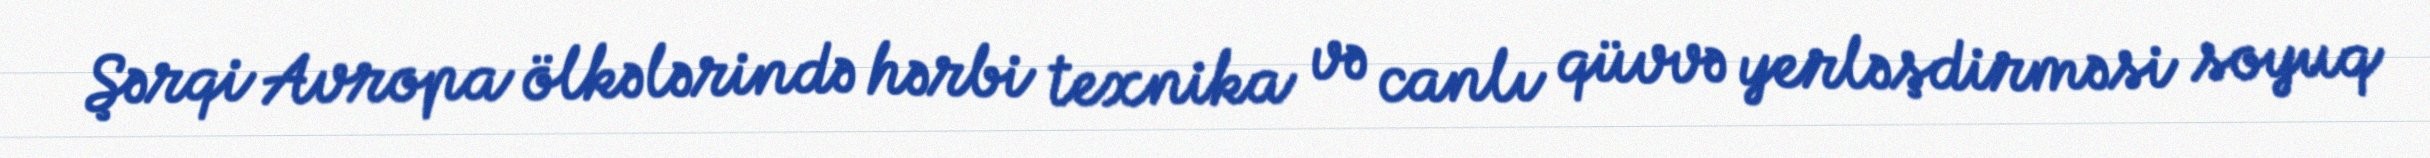
Şərqi Avropa ölkələrində hərbi texnika və canlı qüvvə yerləşdirməsi soyuq